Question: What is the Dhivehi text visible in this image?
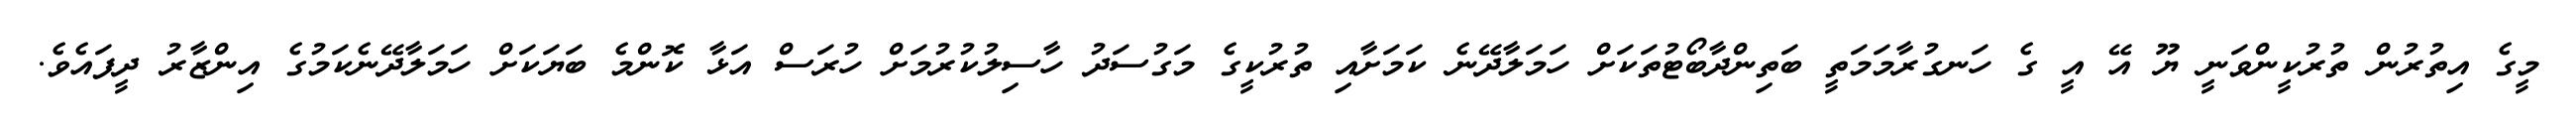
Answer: މީގެ އިތުރުން ތުރުކީންވަނީ ޔޫ އޭ އީ ގެ ހަނގުރާމަމަތީ ބަތިންދާބޯޓުތަކަށް ހަމަލާދޭނެ ކަމަށާއި ތުރުކީގެ މަގުސަދު ހާސިލުކުރުމަށް ހުރަސް އަޅާ ކޮންމެ ބަޔަކަށް ހަމަލާދޭނެކަމުގެ އިންޒާރު ދީފައެވެ.